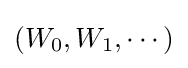
(W_{0},W_{1},\cdots )